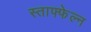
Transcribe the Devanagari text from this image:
स्ताफ्फेल्न